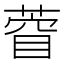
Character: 𮐙